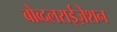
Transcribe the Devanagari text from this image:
बोव्दलराईज़ेशन